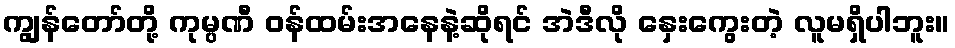
ကျွန်တော်တို့ ကုမ္ပဏီ ဝန်ထမ်းအနေနဲ့ဆိုရင် အဲဒီလို နှေးကွေးတဲ့ လူမရှိပါဘူး။